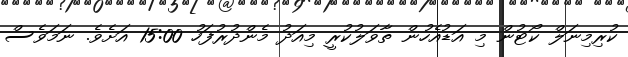
ކުރިމިނަލް ކޯޓުން މި އަޑުއެހުން ތާވަލުކުރީ މިއަދު މެންދުރުފަހު 15:00 އަށެވެ. ނަމަވެސް